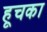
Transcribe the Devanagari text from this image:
हूचका